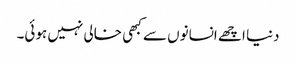
دنیا اچھے انسانوں سے کبھی خالی نہیں ہوئی۔